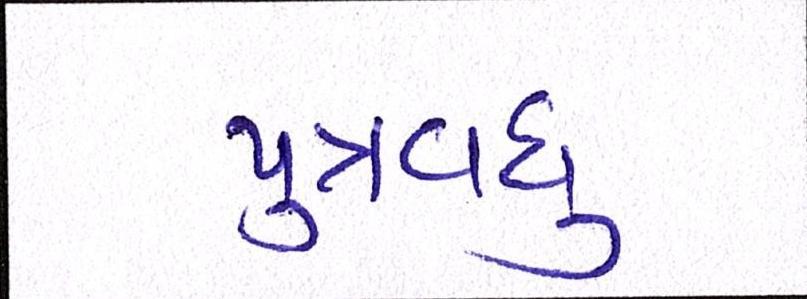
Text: પુત્રવધુ